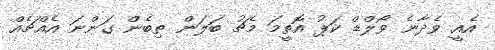
އެއީ ވެދާނެ ވޯލްޑް ކަޕު އޮތީމަ މެޗު ބަލަން ތިބެން ގަންނަ އެއްޗެއް